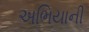
અભિયાની